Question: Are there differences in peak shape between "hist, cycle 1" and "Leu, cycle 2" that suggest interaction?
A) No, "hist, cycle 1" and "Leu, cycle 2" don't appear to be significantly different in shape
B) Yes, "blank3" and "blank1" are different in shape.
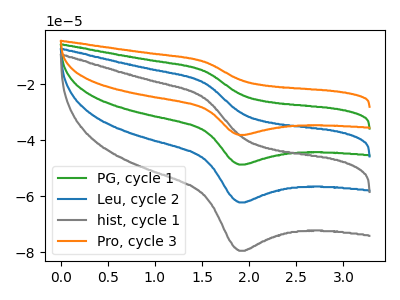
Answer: <think>The green curve "PG, cycle 1" has an anodic peak at (1.55V, -38.90uA) and a cathodic peak at (1.90V, -124.35uA). The blue curve "Leu, cycle 2" has an anodic peak at (1.55V, -19.45uA) and a cathodic peak at (1.90V, -62.15uA). The gray curve "hist, cycle 1" has an anodic peak at (1.55V, -24.85uA) and a cathodic peak at (1.90V, -79.45uA). The orange curve "Pro, cycle 3" has an anodic peak at (1.55V, -58.35uA) and a cathodic peak at (1.90V, -186.50uA).
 All the peaks in "hist, cycle 1" have a peak in "Leu, cycle 2" at the same potential.</think>
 <answer>A) No, "hist, cycle 1" and "Leu, cycle 2" don't appear to be significantly different in shape</answer>
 <eval>A</eval>